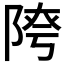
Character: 𨺈